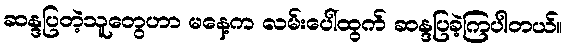
ဆန္ဒပြတဲ့သူတွေဟာ မနေ့က လမ်းပေါ်ထွက် ဆန္ဒပြခဲ့ကြပါတယ်။